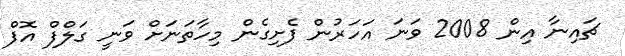
ޗައިނާ އިން 2008 ވަނަ އަހަރުން ފެށިގެން މިހާތަނަށް ވަނީ ގަލްފް އޮފް